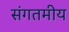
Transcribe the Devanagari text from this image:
संगतमीय